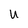
Character: U